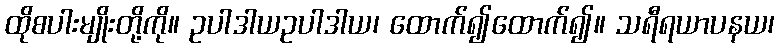
ထိုစပါးမျိုးတို့ကို။ ဥပါဒါယဥပါဒါယ၊ ထောက်၍ထောက်၍။ သရီရယာပနယ၊